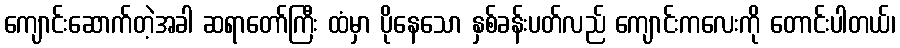
ကျောင်းဆောက်တဲ့အခါ ဆရာတော်ကြီး ထံမှာ ပိုနေသော နှစ်ခန်းပတ်လည် ကျောင်းကလေးကို တောင်းပါတယ်၊